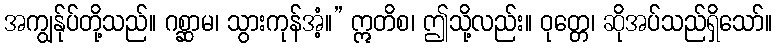
အကျွန်ုပ်တို့သည်။ ဂစ္ဆာမ၊ သွားကုန်အံ့။” ဣတိစ၊ ဤသို့လည်း။ ဝုတ္တေ၊ ဆိုအပ်သည်ရှိသော်။